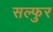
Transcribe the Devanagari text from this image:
सल्फुर